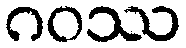
ဂဝဿ